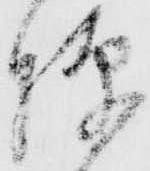
彈